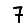
Digit: 7